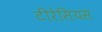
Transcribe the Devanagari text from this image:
टीरेसियस